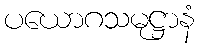
ပယောဂသမုဋ္ဌာနံ